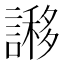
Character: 謻